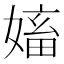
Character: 㜅